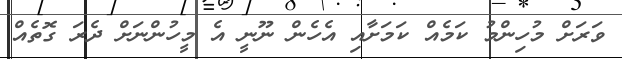
ވަރަށް މުހިންމު ކަމެއް ކަމަށާއި އެހެން ނޫނީ އެ މީހުންނަށް ދެރަ ގޮތެއް